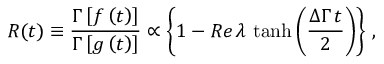
R ( t ) \equiv { \frac { \Gamma \left[ f \left( t \right) \right] } { \Gamma \left[ g \left( t \right) \right] } } \propto \left\{ 1 - R e \, \lambda \, \operatorname { t a n h } \left( \frac { \Delta \Gamma \, t } { 2 } \right) \right\} \, ,